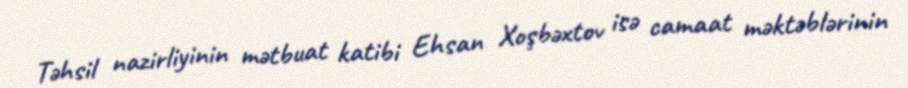
Təhsil nazirliyinin mətbuat katibi Ehsan Xoşbəxtov isə camaat məktəblərinin